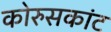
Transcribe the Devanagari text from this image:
कोरुसकांट